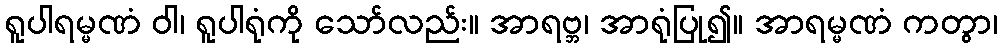
ရူပါရမ္မဏံ ဝါ၊ ရူပါရုံကို သော်လည်း။ အာရဗ္ဘ၊ အာရုံပြု၍။ အာရမ္မဏံ ကတွာ၊